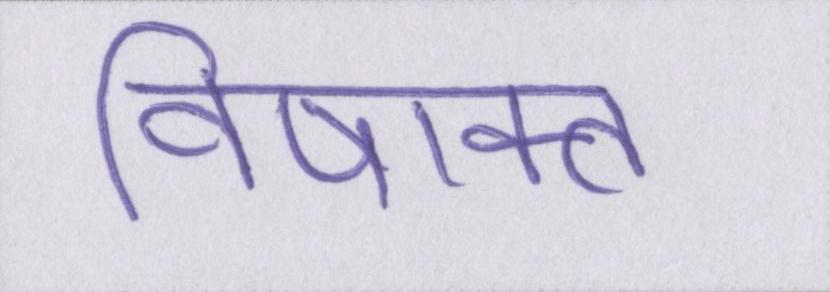
विषाक्त